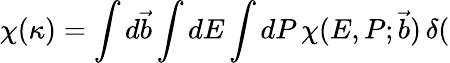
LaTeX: \chi(\kappa)=\int d\vec{b}\int dE\int dP\, \chi(E,P;\vec{b})\, \delta(